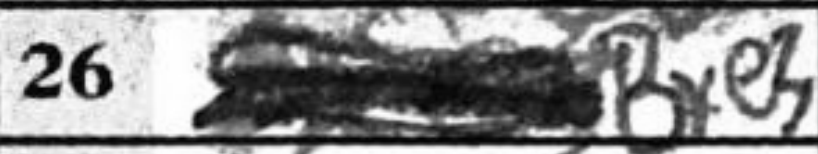
Transcription: Bxe3